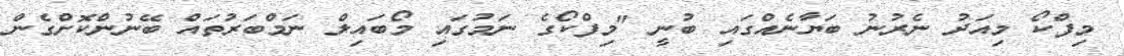
މިފްކޯ މިއަދު ނެރުނު ބަޔާނެއްގައި ބުނީ "މިފްކޯގެ ނަމުގައި މޯބައިލް ނަމްބަރުތައް ބޭނުންކޮށްގެން